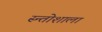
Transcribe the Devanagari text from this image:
स्न्तोशाला